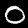
Label: 0